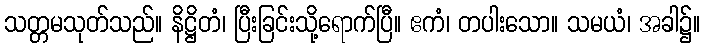
သတ္တမသုတ်သည်။ နိဋ္ဌိတံ၊ ပြီးခြင်းသို့ရောက်ပြီ။ ဧကံ၊ တပါးသော။ သမယံ၊ အခါ၌။